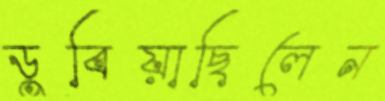
ডুবিয়াছিলেন